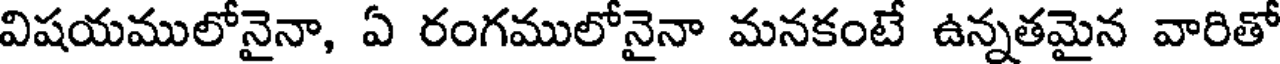
విషయములోనైనా, ఏ రంగములోనైనా మనకంటే ఉన్నతమైన వారితో